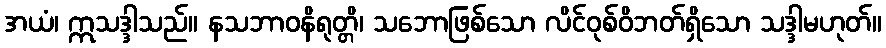
အယံ၊ ဣသဒ္ဒါသည်။ နသဘာဝနိရုတ္တိ၊ သဘောဖြစ်သော လိင်ဝုစ်ဝိဘတ်ရှိသော သဒ္ဒါမဟုတ်။